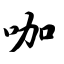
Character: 咖